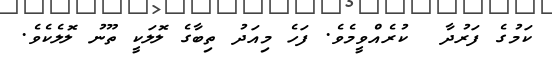
ކަމުގެ ފަރުދާ  ކުރެއްވީމެވެ. ފަހެ މިއަދު ތިބާގެ ލޮލަކީ ތޫނު ލޮލެކެވެ.